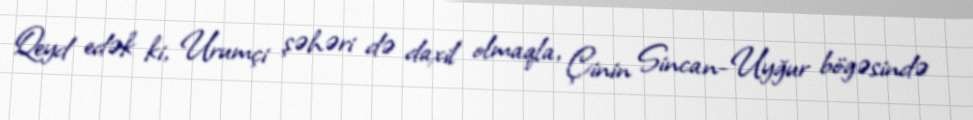
Qeyd edək ki, Urumçi şəhəri də daxil olmaqla, Çinin Sincan-Uyğur bögəsində